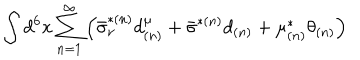
\int d ^ { 6 } x \sum _ { n = 1 } ^ { \infty } \left( \bar { \sigma } _ { \nu } ^ { * ( n ) } d _ { ( n ) } ^ { \mu } + \bar { \sigma } ^ { * ( n ) } d _ { ( n ) } + \mu _ { ( n ) } ^ { * } \theta _ { ( n ) } \right)